Civil Veterinary Department Bihar & Orissa reports 1929-36 - 1929-1936
Year: 1929
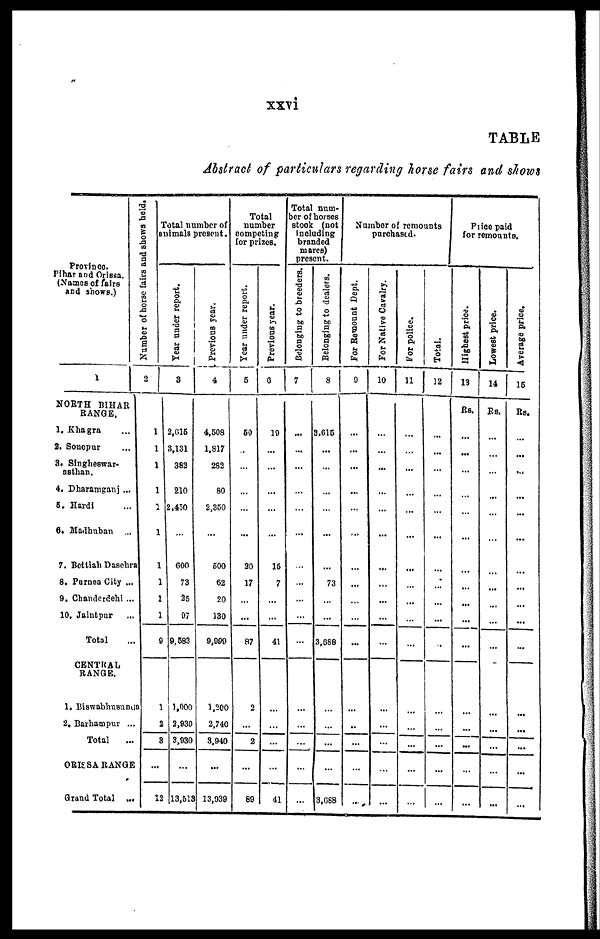
xxvi
TABLE
Abstract of particulars regarding horse fairs and shows
Province.
Pihar and Orissa.
(Names of fairs
and shows.)
1
NORTH BIHAR
RANGE.
1, Khagra ...
2. Sonepur ...
3. Singheswar-
asthan.
4. Dharamganj ...
5. Hardi ...
6. Madhuban ...
7. Bettiah Daschra
8. Parnea City ...
9. Chanderdehi ...
10. Jaintpur ...
Total ...
CENTRAL
RANGE.
1. Biswabhusunda
2. Barhampur ...
Total
ORISSA RANGE
Grand Total ...
Number of horse fairs and shows held.
2
1
1
1
1
2
1
1
1
1
1
9
1
2
3
...
12
Total number of
animals present.
Year under report.
3
2,016
3,131
382
210
2.450
...
600
73
25
97
9,683
1,000
2,930
3,030
...
13,513
Previous year.
4
4,508
1,817
282
80
2,350
...
500
62
20
130
9,000
1.200
2,740
3,940
...
13,939
Total
number
competing
for prizes.
Year under report.
5
60
...
...
...
...
...
30
17
...
...
87
2
...
2
...
89
Previous year.
6
19
...
...
...
...
...
16
7
...
...
41
...
...
...
...
41
Total num-
ber of horses
stook (not
Including
branded
mares)
present.
Belonging to breeders.
7
...
...
...
...
...
...
...
...
...
...
...
...
...
...
...
...
Belonging to dealers.
8
3,615
...
...
...
...
...
...
73
...
...
3,688
...
...
...
...
3,688
Number of remounts
purchased.
For Remount Dept.
9
...
...
...
...
...
...
...
...
...
...
...
...
...
...
...
..
For Native Cavalry.
10
...
...
...
...
...
...
...
...
...
...
...
...
...
...
...
...
For police.
11
...
...
...
...
...
...
...
...
...
...
...
...
...
...
...
...
Total.
12
...
...
...
...
...
...
...
...
...
...
...
...
...
...
...
...
Price paid
for remounts.
Highest price.
13
Re.
...
...
...
...
...
...
...
...
...
...
...
...
...
...
...
...
Lowest price.
14
Rs.
...
...
...
...
...
...
...
...
...
...
...
...
...
...
...
...
Average price.
15
Rs.
...
...
...
...
...
...
...
...
...
...
...
...
...
...
...
...